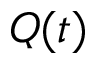
Q ( t )